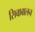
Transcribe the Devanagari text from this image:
सिवाबालन